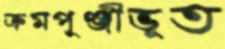
ক্রমপুঞ্জীভূত